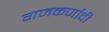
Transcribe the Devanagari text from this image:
गजकर्णादी